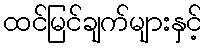
ထင်မြင်ချက်များနှင့်